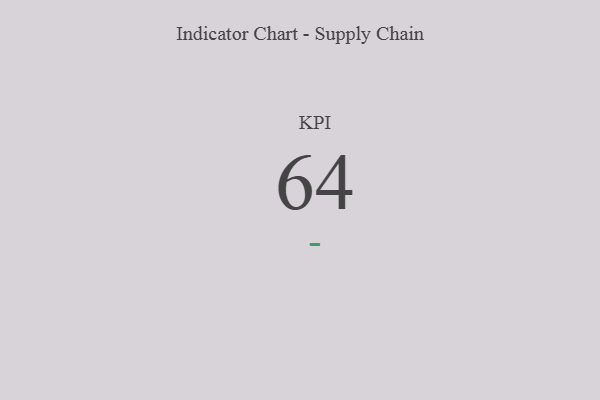
{"axis": {"x": "KPI", "y": "Value"}, "legend": [""], "data": [{"x": "KPI", "y": 64, "type": ""}]}